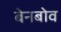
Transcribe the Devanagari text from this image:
बेनबोव